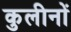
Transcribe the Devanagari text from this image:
कुलीनाें